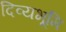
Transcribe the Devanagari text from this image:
दिव्यभूमि